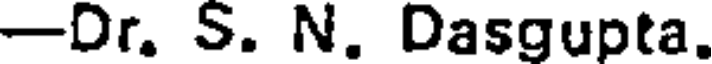
-Dr. S. N. Dasgupta.